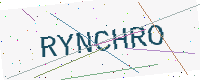
Text: RYNCHRO